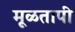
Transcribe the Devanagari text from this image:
मूळतापी